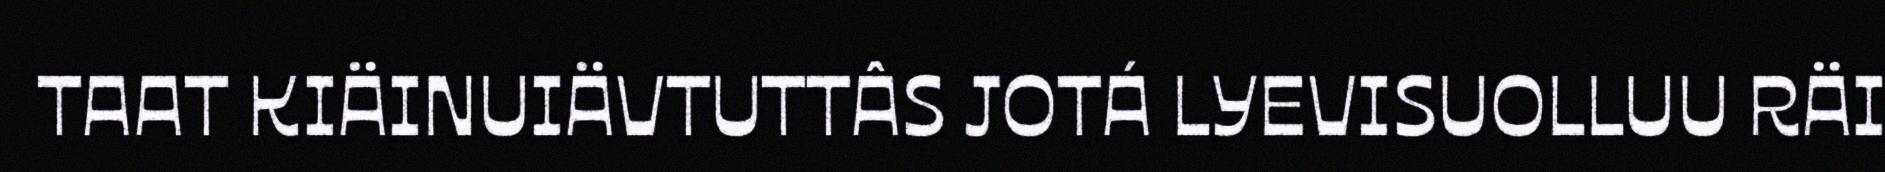
TAAT KIÄINUIÄVTUTTÂS JOTÁ LYEVISUOLLUU RÄI